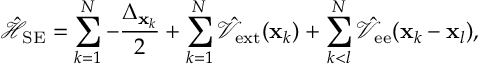
\hat { \mathcal { H } } _ { \mathrm { S E } } = \sum _ { k = 1 } ^ { N } { - \frac { \Delta _ { { \bf x } _ { k } } } { 2 } } + \sum _ { k = 1 } ^ { N } { \hat { \mathcal { V } } _ { \mathrm { e x t } } ( { \bf x } _ { k } ) } + \sum _ { k < l } ^ { N } { \hat { \mathcal { V } } _ { \mathrm { e e } } ( { \bf x } _ { k } - { \bf x } _ { l } ) } ,